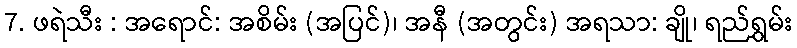
7. ဖရဲသီး : အရောင်: အစိမ်း (အပြင်)၊ အနီ (အတွင်း) အရသာ: ချို၊ ရည်ရွှမ်း